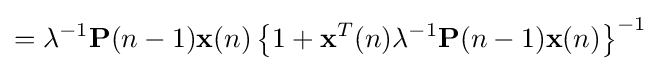
=\lambda ^{-1}\mathbf {P} (n-1)\mathbf {x} (n)\left\{1+\mathbf {x} ^{T}(n)\lambda ^{-1}\mathbf {P} (n-1)\mathbf {x} (n)\right\}^{-1}